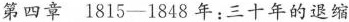
第四章 1815-1848年：三十年的退缩